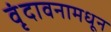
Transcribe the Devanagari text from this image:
वृंदावनामधून